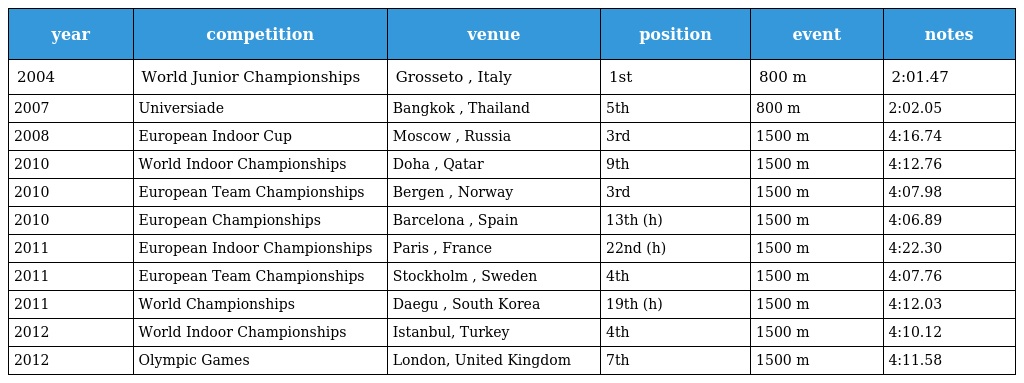
| year | competition | venue | position | event | notes |
 | --- | --- | --- | --- | --- | --- |
 | 2004 | World Junior Championships | Grosseto , Italy | 1st | 800 m | 2:01.47 |
 | 2007 | Universiade | Bangkok , Thailand | 5th | 800 m | 2:02.05 |
 | 2008 | European Indoor Cup | Moscow , Russia | 3rd | 1500 m | 4:16.74 |
 | 2010 | World Indoor Championships | Doha , Qatar | 9th | 1500 m | 4:12.76 |
 | 2010 | European Team Championships | Bergen , Norway | 3rd | 1500 m | 4:07.98 |
 | 2010 | European Championships | Barcelona , Spain | 13th (h) | 1500 m | 4:06.89 |
 | 2011 | European Indoor Championships | Paris , France | 22nd (h) | 1500 m | 4:22.30 |
 | 2011 | European Team Championships | Stockholm , Sweden | 4th | 1500 m | 4:07.76 |
 | 2011 | World Championships | Daegu , South Korea | 19th (h) | 1500 m | 4:12.03 |
 | 2012 | World Indoor Championships | Istanbul, Turkey | 4th | 1500 m | 4:10.12 |
 | 2012 | Olympic Games | London, United Kingdom | 7th | 1500 m | 4:11.58 |